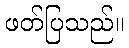
ဖတ်ပြသည်။